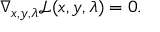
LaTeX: \nabla _ { x , y , \lambda } { \mathcal { L } } ( x , y , \lambda ) = 0 .